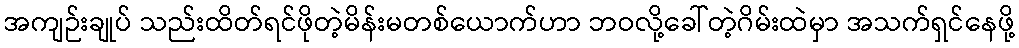
အကျဉ်းချုပ် သည်းထိတ်ရင်ဖိုတဲ့မိန်းမတစ်ယောက်ဟာ ဘဝလို့ခေါ်တဲ့ဂိမ်းထဲမှာ အသက်ရှင်နေဖို့